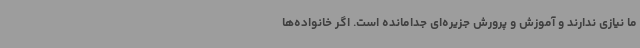
ما نیازی ندارند و آموزش و پرورش جزیره‌ای جدامانده است. اگر خانواده‌ها